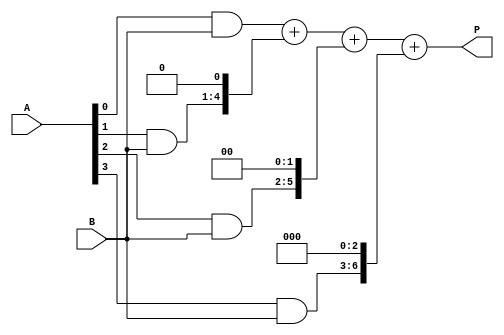
module radix4_multiplier(
    input [3:0] A, // 4-bit multiplicand
    input [3:0] B, // 4-bit multiplier
    output reg [7:0] P // 8-bit product
);

// Partial Product Blocks
wire [7:0] pp0, pp1, pp2, pp3; // Partial products

assign pp0 = A[0] & B;
assign pp1 = A[1] & B;
assign pp2 = A[2] & B;
assign pp3 = A[3] & B;

// Ripple Carry Adder
wire [7:0] sum; // Final product

assign sum = pp0 + (pp1 << 1) + (pp2 << 2) + (pp3 << 3); // Add all partial products

// Output
always @(*) begin
    P = sum;
end

endmodule